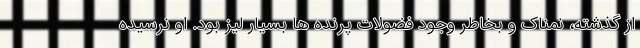
از گذشته، نمناک و بخاطر وجود فضولات پرنده ها بسیار لیز بود. او نرسیده